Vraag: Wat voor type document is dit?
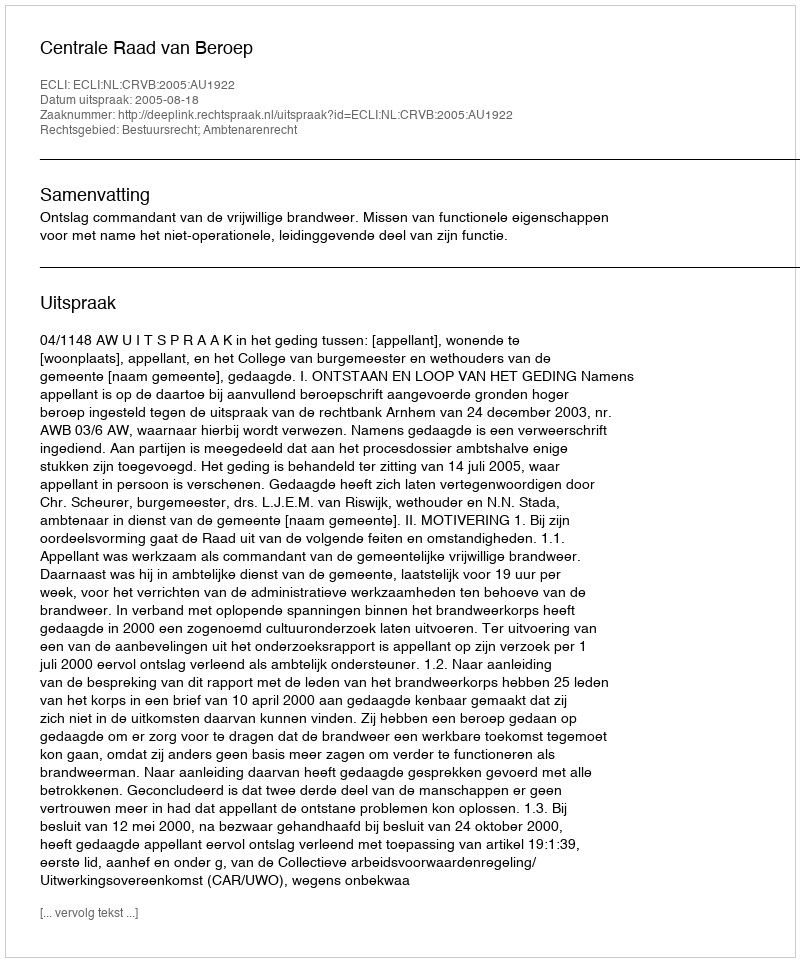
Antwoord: Uitspraak